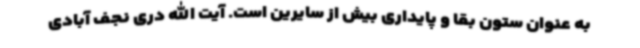
به عنوان ستون بقا و پایداری بیش از سایرین است. آیت الله دری نجف آبادی